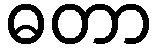
ဓတာ